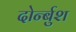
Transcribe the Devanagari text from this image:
दोर्न्बुश